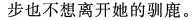
步也不想离开她的驯鹿。